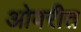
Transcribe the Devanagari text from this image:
ओवरीत